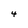
Character: 4